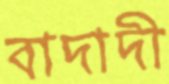
বাদাদী